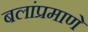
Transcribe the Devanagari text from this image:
बलांप्रमाणे